Account of plague administration in the Bombay Presidency from September 1896 till May 1897
Year: 1896
Disease focus: Plague
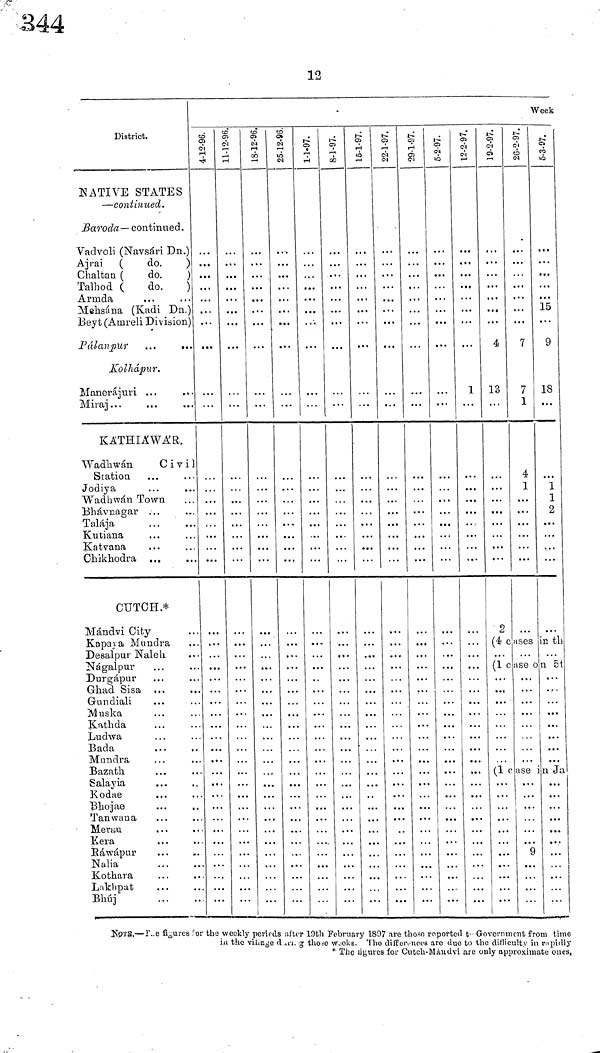
12
District.
NATIVE STATES
— continued.
ßaroda— continued.
Vadvoli (Navsári Dn.)
Ajrai (
do.
)
Chaltan (
do.
Talhod (
do.
)
Armda
Mehsána (Kadi Dn.)
Beyt (Amreli Division)
Kolhapur,
Manera juri ...
Miraj
KATHIAWAÍR,
Wadhwán
Civil
Station
Jodiya
Wadhwán Town
Bhávnagar ...
Talaja
Kutiana
Katvana
Chikhodra ...
CUTCH..*
Mándvi City
Kapaya Mundra
Desalpur Naleh.
Nágalpur
Durgápur
Ghad Sisa ·..
Gundiali
M u ska
Kathda
Ludwa
Bada
Mundra
Bazatlh
Salayia
Kodae
Bhojae
Tan wan a
Meran
Kera
Ráwápur
Nalia
Kothara
Lakhpat
Bhuj
Week
4-12-96. 11-12-96.
18-12-96.
25-12-96 1-1-97. 8-1-97.
15-1-97.
22-1-97.
29-1-97. 5-2-97. 12-2-97.
1
9-2-97.
4
13
.,,
2
26-2-97.
7
7
1
4
1
5-3-97.
15
9
18
...
1
1
2
...
4 caes in th
1 case in 51
1 case in Ja
9
NOTS.------T.e figures for the weekly periods after 19th February 1897 are those reported, t·· Government from time
in the village /ill/ those weeks. The differences are due to the difficulty in rapidly
*Thc ligures for Cutch-Mándvi are only approximate ones,